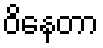
ဝိနေတာ